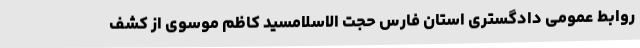
روابط عمومی دادگستری استان فارس حجت الاسلامسید کاظم موسوی از کشف